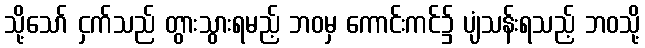
သို့သော် ငှက်သည် တွားသွားရမည့် ဘဝမှ ကောင်းကင်၌ ပျံသန်းရသည့် ဘဝသို့